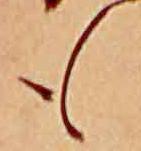
も